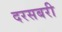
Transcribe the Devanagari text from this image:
दरसबरी